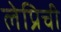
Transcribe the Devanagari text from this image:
लेप्रिची